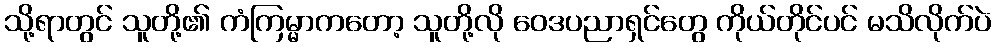
သို့ရာတွင် သူတို့၏ ကံကြမ္မာကတော့ သူတို့လို ဝေဒပညာရှင်တွေ ကိုယ်တိုင်ပင် မသိလိုက်ပဲ